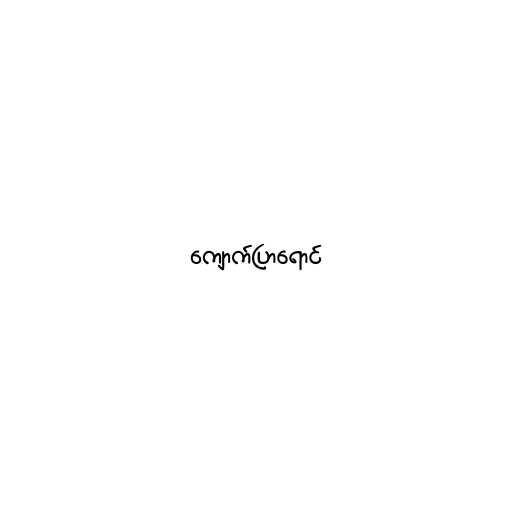
ကျောက်ပြာရောင်